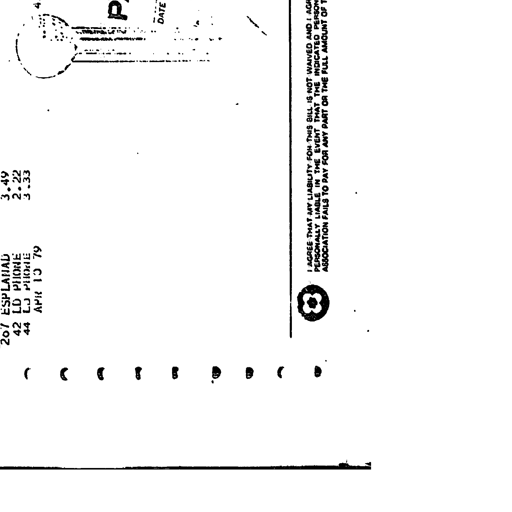
267 ESPLANAD
42 LD PHONE
44 LD PHONE
APR 13 '79
3.49
2.22
3.33
DATE
I AGREE THAT MY LIABILITY FOR THIS BILL IS NOT WAIVED AND I AGREE TO BE HELD
PERSONALLY LIABLE IN THE EVENT THAT THE INDICATED PERSON, COMPANY OR
ASSOCIATION FAILS TO PAY FOR ANY PART OR THE FULL AMOUNT OF THESE CHARGES.